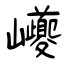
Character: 巙